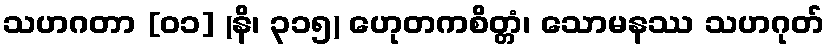
သဟဂတာ [၀၁] (နိ၊ ၃၁၅) ဟေုတကစိတ္တံ၊ သောမနဿ သဟဂုတ်